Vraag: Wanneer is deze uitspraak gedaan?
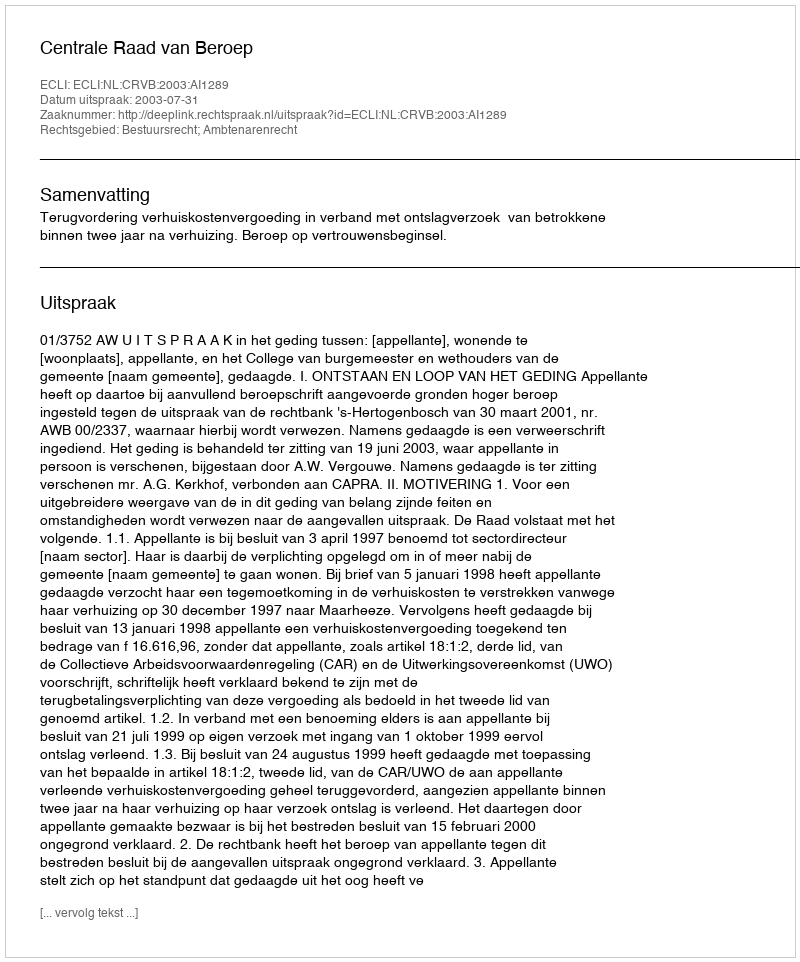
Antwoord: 2003-07-31